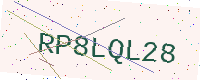
Text: RP8LQL28